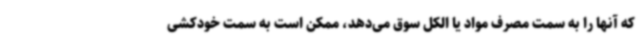
که آنها را به سمت مصرف مواد یا الکل سوق می‌دهد، ممکن است به سمت خودکشی